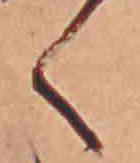
く